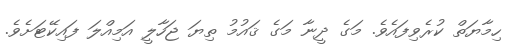
ހިމާޔަތް ކުރެވިފައެވެ. މަގެ ދީނާ މަގެ ޤައުމު ތިޔަ ޖަހާލީ އަމިއްލަ ފައިކޭޓަށެވެ.